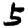
Digit: 5